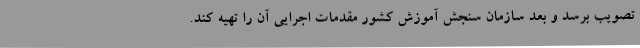
تصویب برسد و بعد سازمان سنجش آموزش کشور مقدمات اجرایی آن را تهیه کند.